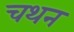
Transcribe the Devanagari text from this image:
चथन